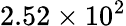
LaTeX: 2.52\times 10^{2}